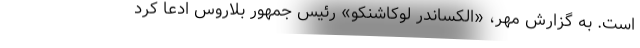
است. به گزارش مهر، «الکساندر لوکاشنکو» رئیس جمهور بلاروس ادعا کرد